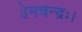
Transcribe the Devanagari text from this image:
हेमचन्द्रः।